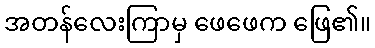
အတန်လေးကြာမှ ဖေဖေက ဖြေ၏။